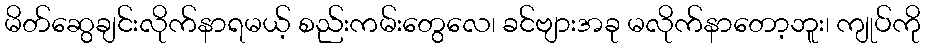
မိတ်ဆွေချင်းလိုက်နာရမယ့် စည်းကမ်းတွေလေ၊ ခင်ဗျားအခု မလိုက်နာတော့ဘူး၊ ကျုပ်ကို